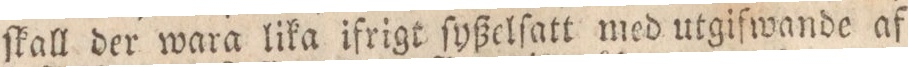
ſkall der wara lika ifrigt ſyßelſatt med utgiſwande af